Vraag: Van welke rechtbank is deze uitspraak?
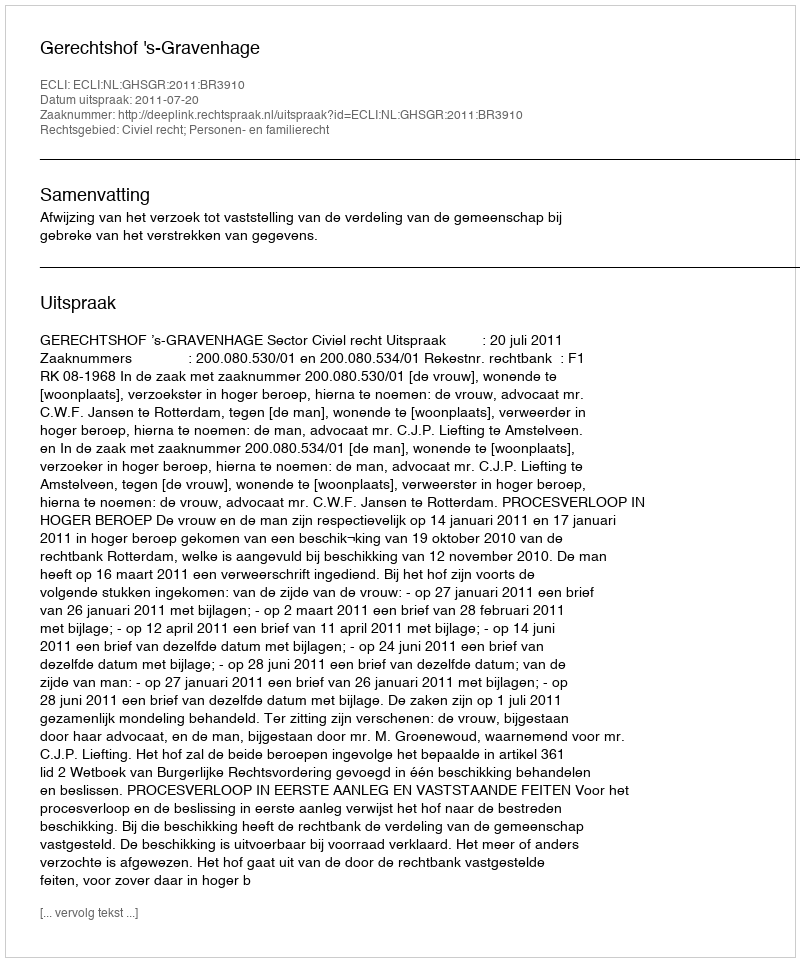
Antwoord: Gerechtshof 's-Gravenhage